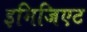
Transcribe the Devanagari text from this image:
इमिजिएट